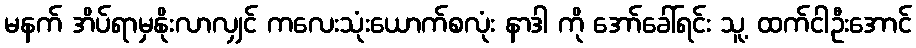
မနက် အိပ်ရာမှနိုးလာလျှင် ကလေးသုံးယောက်စလုံး နာဒါ ကို အော်ခေါ်ရင်း သူ့ ထက်ငါဦးအောင်